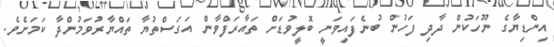
އިންޑިޔާގެ ނޫހަކުން ދާދި ފަހުން ބުނެފައިވަނީ ބޮލީވުޑަށް ތައާރަފްވާން އަގަސްތުޔާ ތައްޔާރުވަމުންދާ ކަމަށެވެ.